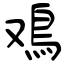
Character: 鳮